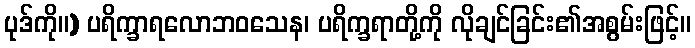
ပုဒ်ကို။) ပရိက္ခာရလောဘဝသေန၊ ပရိက္ခရာတို့ကို လိုချင်ခြင်း၏အစွမ်းဖြင့်။